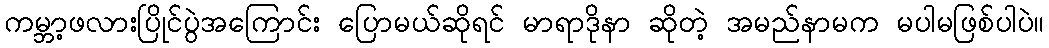
ကမ္ဘာ့ဖလားပြိုင်ပွဲအကြောင်း ပြောမယ်ဆိုရင် မာရာဒိုနာ ဆိုတဲ့ အမည်နာမက မပါမဖြစ်ပါပဲ။